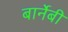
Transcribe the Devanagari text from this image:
बार्नेबी